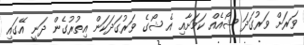
ވަރަށް ވަރުގަދަ ޝޯއެއް ކަމަށާއި އެ ޝޯގެ ވަރުގަދަކަން އިތުރުގެން ދަނީ އޭގައި